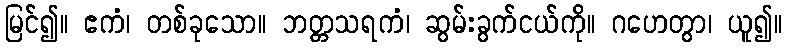
မြင်၍။ ဧကံ၊ တစ်ခုသော။ ဘတ္တသရကံ၊ ဆွမ်းခွက်ငယ်ကို။ ဂဟေတွာ၊ ယူ၍။